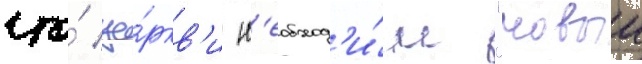
что́ це́ркв'и н'еобход'и́м "новыи